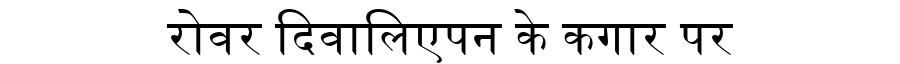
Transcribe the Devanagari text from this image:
रोवर दिवालिएपन के कगार पर